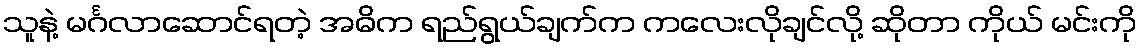
သူနဲ့ မင်္ဂလာဆောင်ရတဲ့ အဓိက ရည်ရွယ်ချက်က ကလေးလိုချင်လို့ ဆိုတာ ကိုယ် မင်းကို